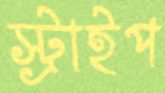
স্ট্রাইপ